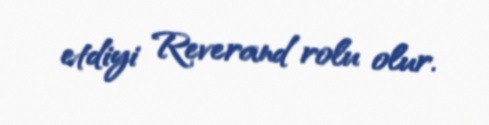
etdiyi Reverand rolu olur.